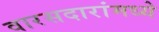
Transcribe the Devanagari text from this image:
वारसदारांमध्ये